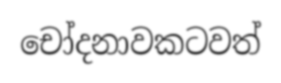
චෝදනාවකටවත්